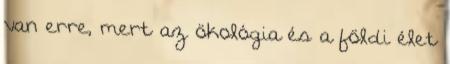
van erre, mert az ökológia és a földi élet